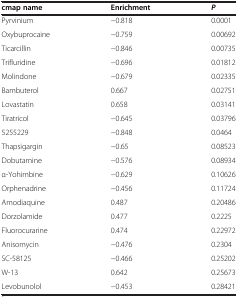
<table><thead><tr><td><b>cmap name</b></td><td><b>Enrichment</b></td><td><b><i>P</i></b></td></tr></thead><tbody><tr><td>Pyrvinium</td><td>−0.818</td><td>0.0001</td></tr><tr><td>Oxybuprocaine</td><td>−0.759</td><td>0.00692</td></tr><tr><td>Ticarcillin</td><td>−0.846</td><td>0.00735</td></tr><tr><td>Trifluridine</td><td>−0.696</td><td>0.01812</td></tr><tr><td>Molindone</td><td>−0.679</td><td>0.02335</td></tr><tr><td>Bambuterol</td><td>0.667</td><td>0.02751</td></tr><tr><td>Lovastatin</td><td>0.658</td><td>0.03141</td></tr><tr><td>Tiratricol</td><td>−0.645</td><td>0.03796</td></tr><tr><td>5255229</td><td>−0.848</td><td>0.0464</td></tr><tr><td>Thapsigargin</td><td>−0.65</td><td>0.08523</td></tr><tr><td>Dobutamine</td><td>−0.576</td><td>0.08934</td></tr><tr><td>α-Yohimbine</td><td>−0.629</td><td>0.10626</td></tr><tr><td>Orphenadrine</td><td>−0.456</td><td>0.11724</td></tr><tr><td>Amodiaquine</td><td>0.487</td><td>0.20486</td></tr><tr><td>Dorzolamide</td><td>0.477</td><td>0.2225</td></tr><tr><td>Fluorocurarine</td><td>0.474</td><td>0.22972</td></tr><tr><td>Anisomycin</td><td>−0.476</td><td>0.2304</td></tr><tr><td>SC-58125</td><td>−0.466</td><td>0.25202</td></tr><tr><td>W-13</td><td>0.642</td><td>0.25673</td></tr><tr><td>Levobunolol</td><td>−0.453</td><td>0.28421</td></tr></tbody></table>